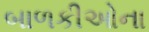
બાળકીઓના